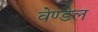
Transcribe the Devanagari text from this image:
वेण्डेल